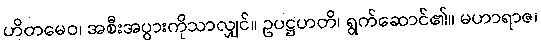
ဟိတမေဝ၊ အစီးအပွားကိုသာလျှင်။ ဥပဋ္ဌဟတိ၊ ရွက်ဆောင်၏။ မဟာရာဇ၊